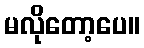
မလိုတော့ပေ။